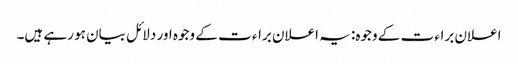
اعلان براء ت کے وجوہ: یہ اعلان براء ت کے وجوہ اور دلائل بیان ہو رہے ہیں۔